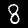
Label: 8